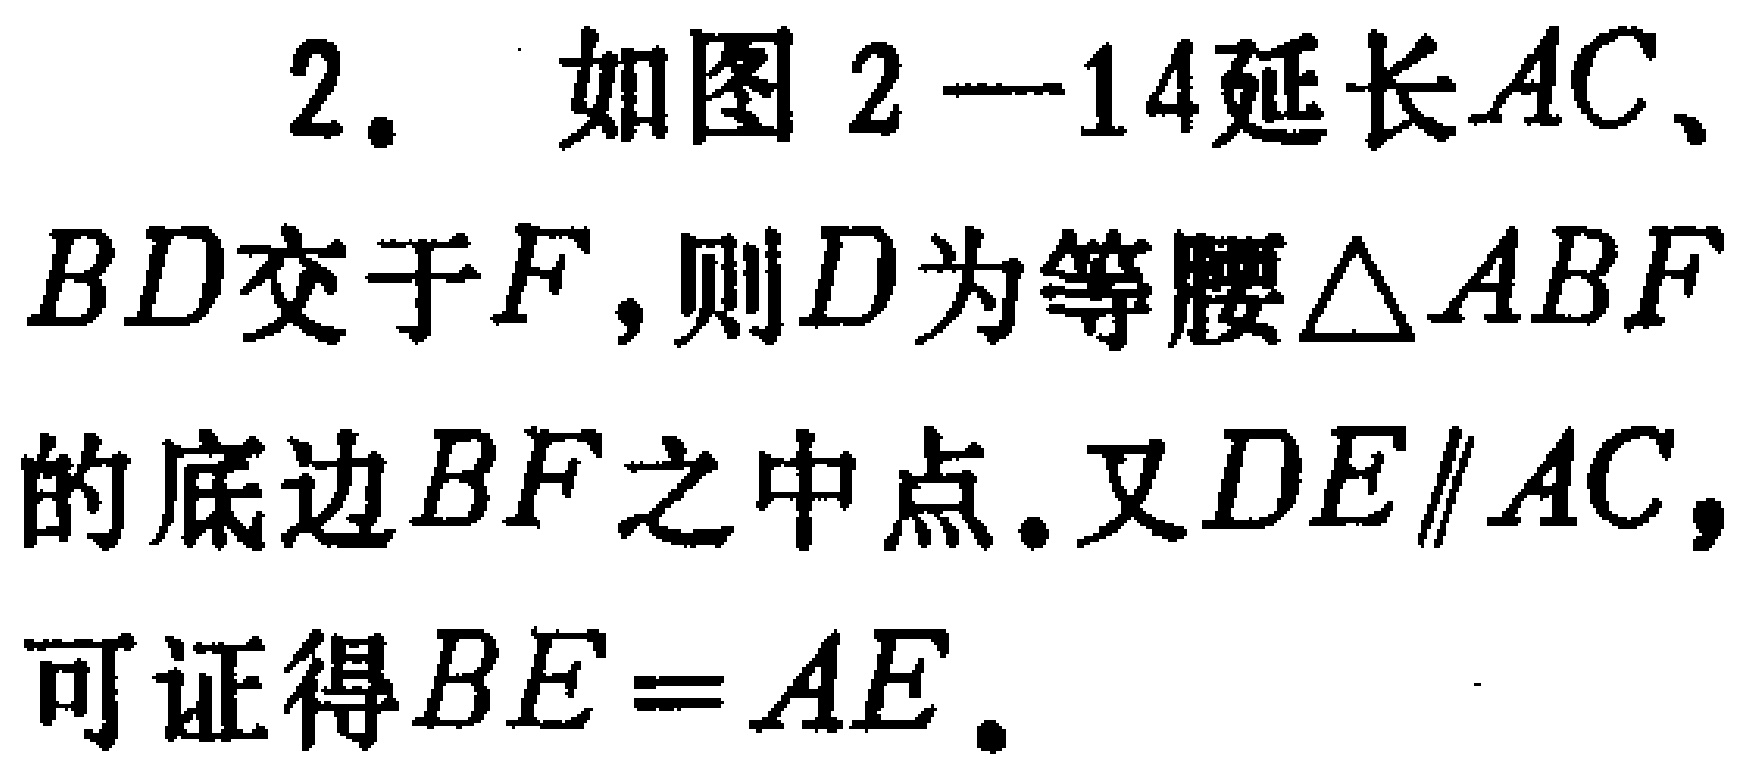
2. 如图2—14延长\(AC\)、\(BD\)交于\(F\)，则\(D\)为等腰\(\triangle ABF\)的底边\(BF\)之中点. 又\(DE\parallel AC\)，可证得\(BE = AE\).